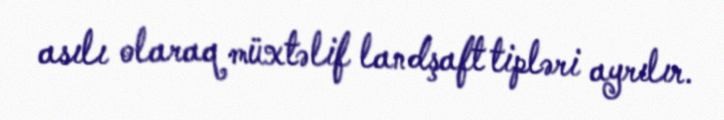
asılı olaraq müxtəlif landşaft tipləri ayrılır.